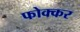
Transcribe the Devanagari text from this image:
फोक्‍कर